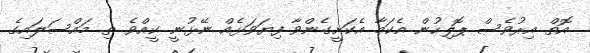
އޮތް އިރުވެސް ޕޮލިހުން އެކަމާ އެކަށީގެންވާ ފިޔަވަޅެއް ނޭޅުނީ ކީއްވެ ތި މައްސަލައިގެ